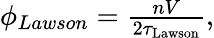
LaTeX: \begin{array}{r}{\phi_{Lawson}=\frac{nV}{2\tau_{\mathrm{Lawson}}},}\end{array}